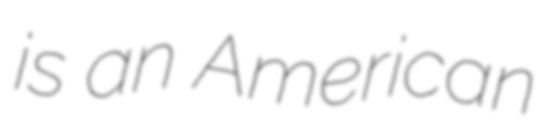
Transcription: is an American